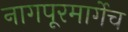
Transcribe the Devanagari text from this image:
नागपूरमार्गेच